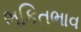
ભકિતભાવ